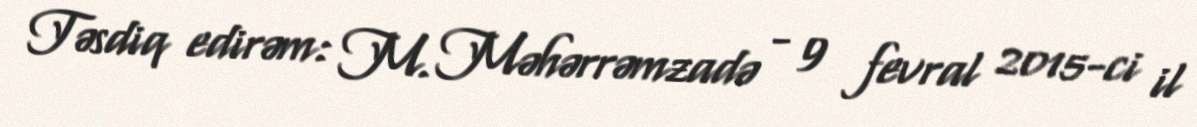
Təsdiq edirəm: M. Məhərrəmzadə - 9 fevral 2015-ci il